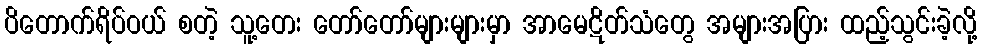
ပိတောက်ရိပ်ဝယ် စတဲ့ သူ့တေး တော်တော်များများမှာ အာမေဋိတ်သံတွေ အများအပြား ထည့်သွင်းခဲ့လို့